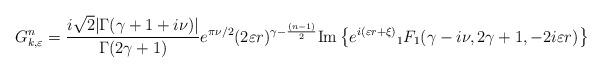
LaTeX: \begin{align*}G^n_{k,\varepsilon}=\frac{i\sqrt{2}|\Gamma(\gamma+1+i\nu)|}{\Gamma(2\gamma+1)}e^{\pi\nu/2}(2\varepsilon r)^{\gamma-\frac{(n-1)}2} {\rm Im}\left\{e^{i(\varepsilon r+\xi)}{_1F_1}(\gamma-i\nu,2\gamma+1,-2i\varepsilon r)\right\}\end{align*}